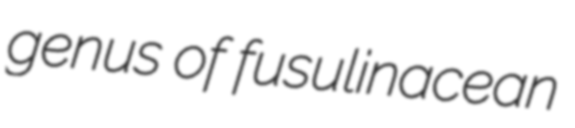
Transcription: genus of fusulinacean